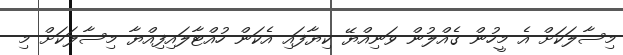
މިސާލަކަށް އެ މީހުން ގެއްލުން ވަނިއްޔޭ ކިޔާފައި އެކަން ހުއްޓާލައިފިއްޔާ މިސާލަކަށް މި